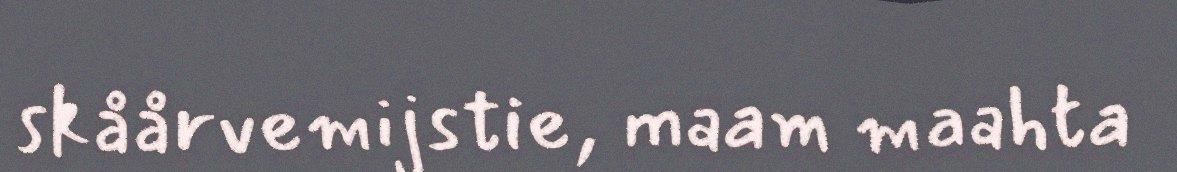
skåårvemijstie, maam maahta